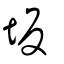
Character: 坂